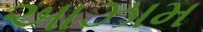
આઝામ